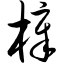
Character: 樟